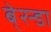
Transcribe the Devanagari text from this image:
बे्रन्डा